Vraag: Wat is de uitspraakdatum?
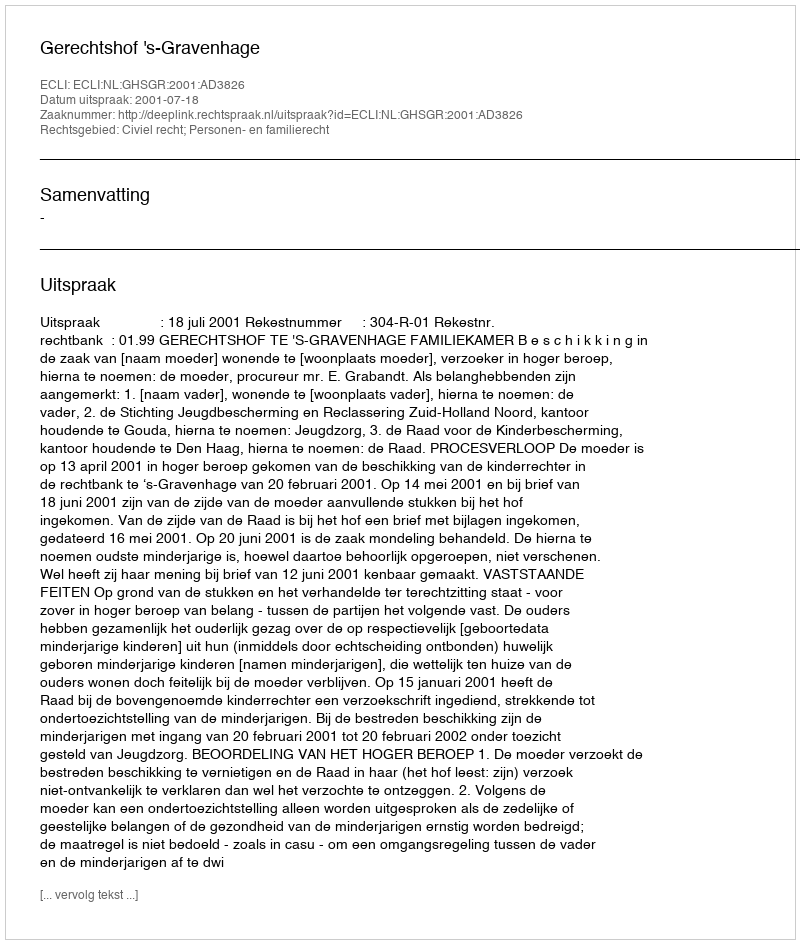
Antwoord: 2001-07-18